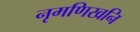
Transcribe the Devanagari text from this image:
नृमणिखनि